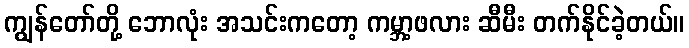
ကျွန်တော်တို့ ဘောလုံး အသင်းကတော့ ကမ္ဘာ့ဖလား ဆီမီး တက်နိုင်ခဲ့တယ်။